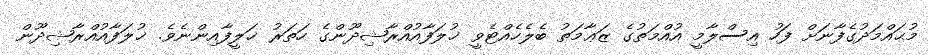
މުޙައްމަދުގެފާނަށް ފަހު އިސްލާމީ އުއްމަތުގެ ޒަޢާމަތު ބެލެހެއްޓެވީ ޚުލަފާއުއްރާޝިދޫންގެ ހަތަރު ޚަލީފާއިންނެވެ. ޚުލަފާއުއްރާޝިދޫން